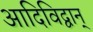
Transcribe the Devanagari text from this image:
आदिविद्वान्‌